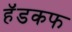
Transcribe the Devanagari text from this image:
हॅडकफ